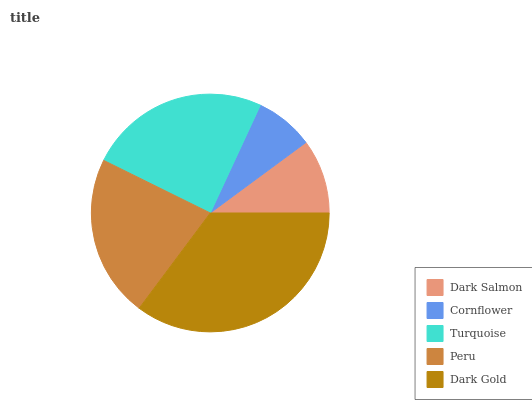
| Dark Salmon | Cornflower | Turquoise | Peru | Dark Gold |
 | --- | --- | --- | --- | --- |
 | 10.1% | 7.97% | 24.7% | 22.1% | 35.2% |